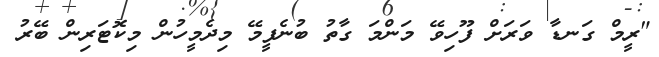
"ރީމް ގަނޑާ ވަރަށް ފޫހިވޭ މަންމަ ގާތު ބުނެފީމޭ މިދެމީހުން މިކޮޓަރިން ބޭރު